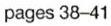
pages 38-41